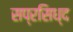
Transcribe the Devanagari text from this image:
सप्रसिध्द